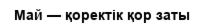
Май — қоректік қор заты